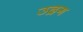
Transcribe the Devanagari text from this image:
उद्रग